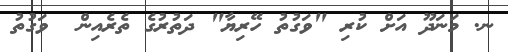
ނ. މަނަދޫ އަށް ކުރި "ވަގުތު ހޭރިޔާ" ދަތުރުގެ ތެރެއިން  ވަގުތު